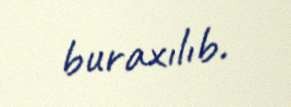
buraxılıb.